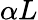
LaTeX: \alpha L